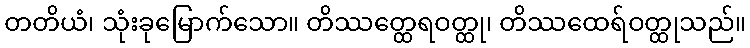
တတိယံ၊ သုံးခုမြောက်သော။ တိဿတ္ထေရဝတ္ထု၊ တိဿထေရ်ဝတ္ထုသည်။